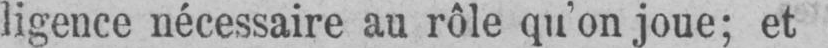
ligence nécessaire au rôle qu’on joue; et